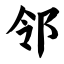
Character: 邻